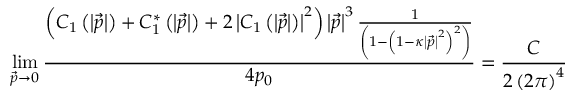
\operatorname * { l i m } _ { \vec { p } \rightarrow 0 } \frac { \left( C _ { 1 } \left( \left| \vec { p } \right| \right) + C _ { 1 } ^ { * } \left( \left| \vec { p } \right| \right) + 2 \left| C _ { 1 } \left( \left| \vec { p } \right| \right) \right| ^ { 2 } \right) \left| \vec { p } \right| ^ { 3 } \frac 1 { \left( 1 - \left( 1 - \kappa \left| \vec { p } \right| ^ { 2 } \right) ^ { 2 } \right) } } { 4 p _ { 0 } } = \frac C { 2 \left( 2 \pi \right) ^ { 4 } }